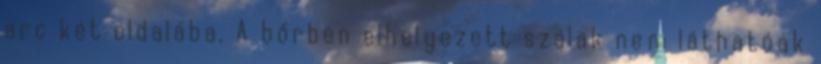
arc két oldalába. A bőrben elhelyezett szálak nem láthatóak